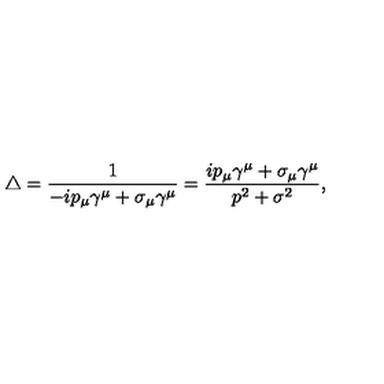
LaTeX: \bigtriangleup = \frac { 1 } { - i p _ { \mu } \gamma ^ { \mu } + \sigma _ { \mu } \gamma ^ { \mu } } = \frac { i p _ { \mu } \gamma ^ { \mu } + \sigma _ { \mu } \gamma ^ { \mu } } { p ^ { 2 } + \sigma ^ { 2 } } ,